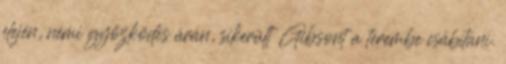
elején, némi győzködés árán, sikerült Gibsont a terembe csábítani.